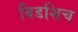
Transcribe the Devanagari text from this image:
विडशिच